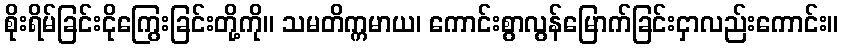
စိုးရိမ်ခြင်းငိုကြွေးခြင်းတို့ကို။ သမတိက္ကမာယ၊ ကောင်းစွာလွန်မြောက်ခြင်းငှာလည်းကောင်း။